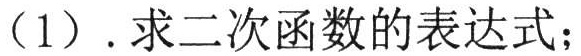
（1）.求二次函数的表达式；